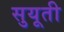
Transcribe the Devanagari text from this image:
सुयूती